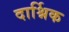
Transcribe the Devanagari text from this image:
दार्श्निक